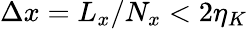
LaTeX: \Delta x=L_{x}/N_{x}<2\eta_{K}